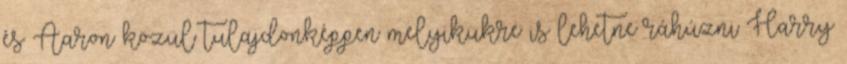
és Aaron közül tulajdonképpen melyikükre is lehetne ráhúzni Harry